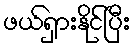
ဖယ်ရှားနိုင်ပြီး